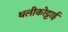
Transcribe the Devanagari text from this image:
थलीकोट्टाई